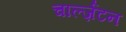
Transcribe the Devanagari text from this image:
चार्ल्ज़टन